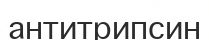
антитрипсин